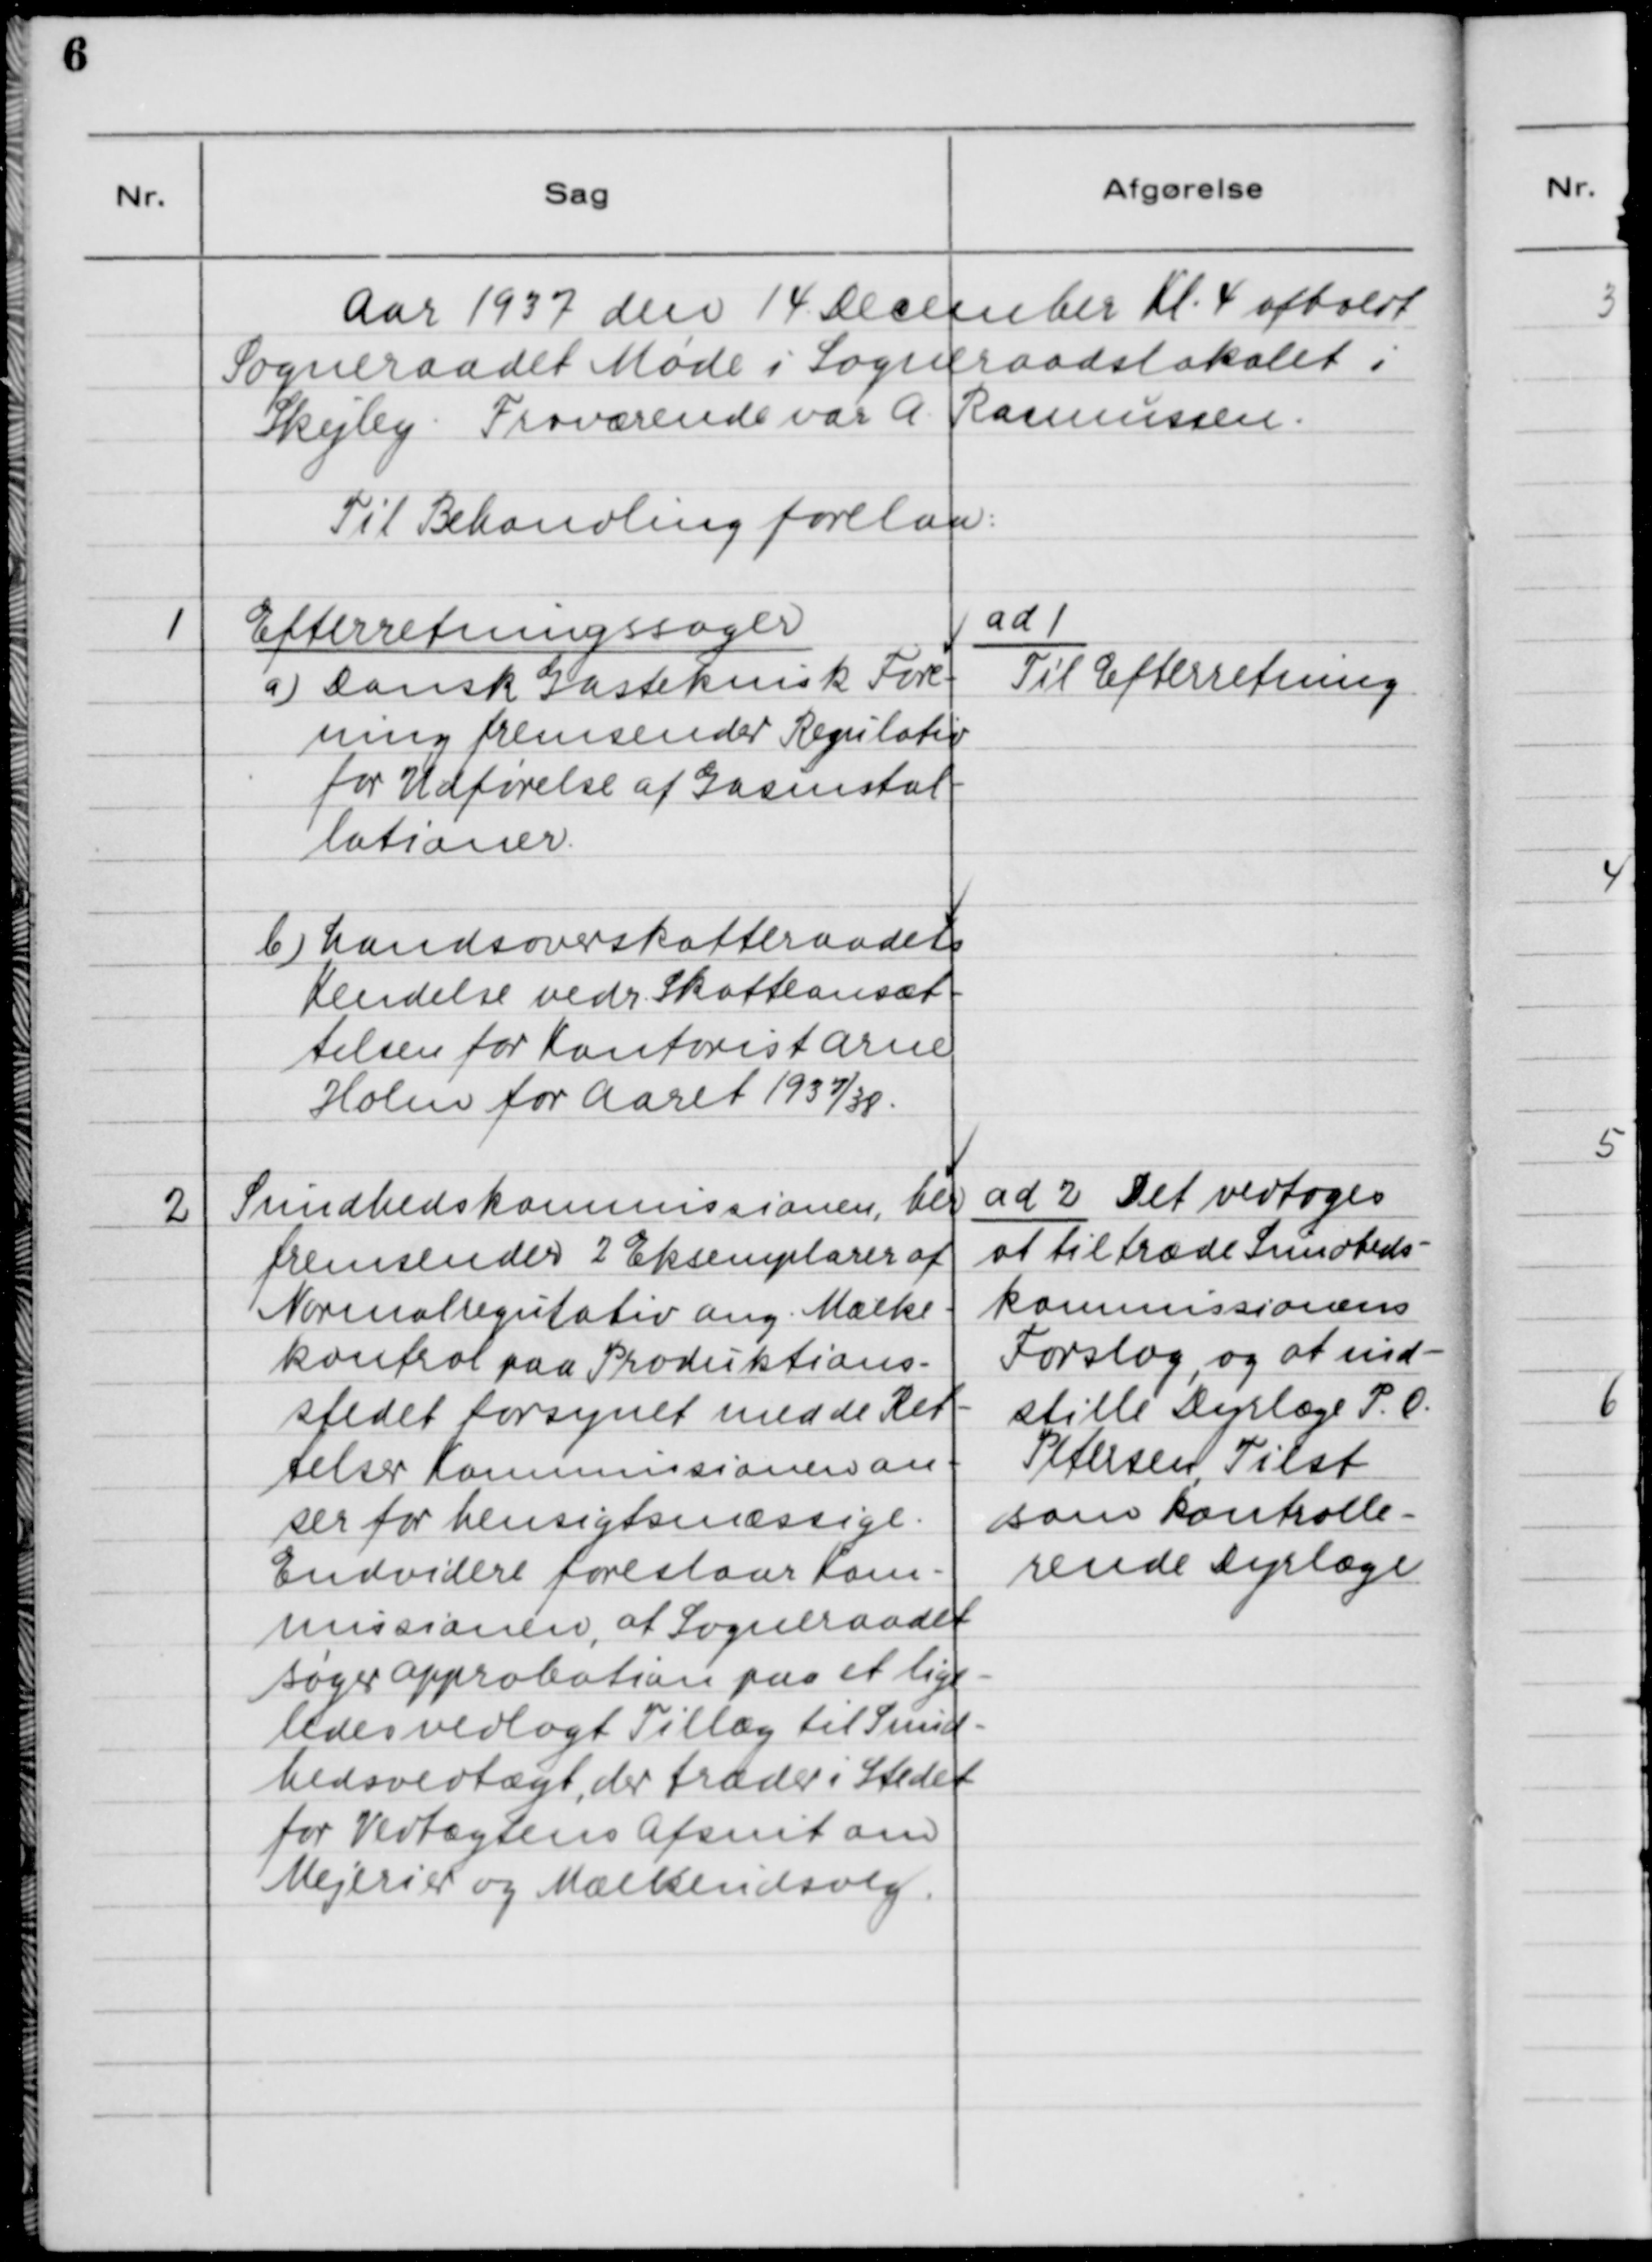
Transskription:
Aar 1937 den 14. December Kl. 4 afholdt
Sogneraadet Møde i Sogneraadslokalet i
Skejby. Fraværende var A. Rasmussen.
Til Behandling forelaa:

1. Efterretningssager.
a) Dansk Gasteknisk Fore-
ning fremsender Regulativ
for Udførelse af Gasinstal-
lationer.
b) Landsoverskatteraadets
Kendelse vedr. Skatteansæt-
telsen for Kontorisk Arne
Holm for Aaret 1937/38.

ad 1.
Til Efterretning.

2. Sundhedskommissionen, her
fremsender 2 Eksemplarer af
Normalregulativ ang. Mælke-
kontrol paa Produktions-
stedet forsynet med de Ret-
telser Kommissionen an-
ser for hensigtsmæssige.
Endvidere foreslaar Kom-
missionen, at Sogneraadet
søger Approbation paa et lige-
ledes vedlagt Tillæg til Sund-
hedsvedtægt, der træder i Stedet
for Vedtægtens Afsnit om
Mejerier og Mælkeudvalg.

ad 2. Det vedtoges
at tiltræde Sundheds-
kommissionens
Forslag, og at ind-
stille Dyrlæge P. O.
Petersen, Tilst
som kontrolle-
rende Dyrlæge.